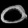
Digit: ၀